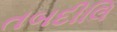
તબદીલિ